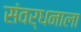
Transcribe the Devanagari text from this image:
संवर्धनाला